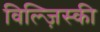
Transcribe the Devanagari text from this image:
विल्ज़िस्की